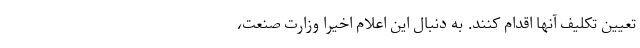
تعیین تکلیف آنها اقدام کنند. به دنبال این اعلام اخیرا وزارت صنعت،